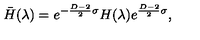
\bar { H } ( \lambda ) = e ^ { - { \frac { D - 2 } { 2 } } \sigma } H ( \lambda ) e ^ { { \frac { D - 2 } { 2 } } \sigma } ,